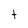
Character: t